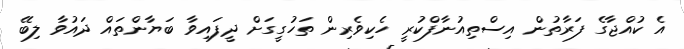
އެ ކުއްޖާގެ ފަރާތުން އިސްތިއުނާފްކުރީ ހެކިވެރިން ތަހުގީގަށް ދީފައިވާ ބަޔާންތައް ދައުވާ ލިބޭ